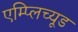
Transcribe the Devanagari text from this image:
एम्प्लिच्यूड